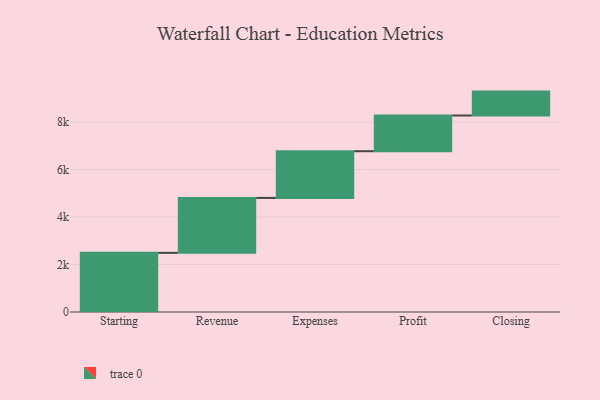
{"axis": {"x": "Step", "y": "Value"}, "legend": [""], "data": [{"x": "Starting", "y": 2492.0, "type": ""}, {"x": "Revenue", "y": 2315.0, "type": ""}, {"x": "Expenses", "y": 1968.0, "type": ""}, {"x": "Profit", "y": 1505.0, "type": ""}, {"x": "Closing", "y": 1007.0, "type": ""}]}